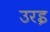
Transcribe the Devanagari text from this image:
उरइ